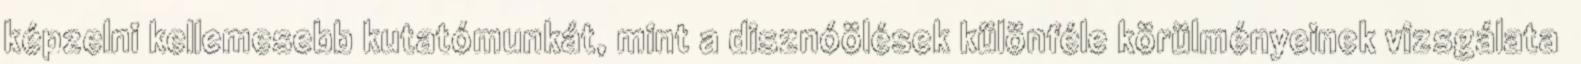
képzelni kellemesebb kutatómunkát, mint a disznóölések különféle körülményeinek vizsgálata